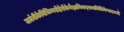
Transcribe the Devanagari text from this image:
जर्मनीकेविभिन्नशेहेरोंकेवैज्ञानिकइससमितिकेसदस्यहैं